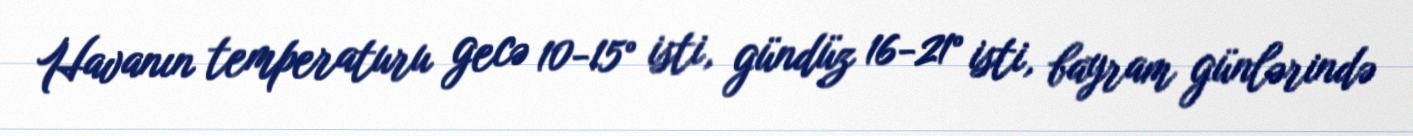
Havanın temperaturu gecə 10-15° isti, gündüz 16-21° isti, bayram günlərində